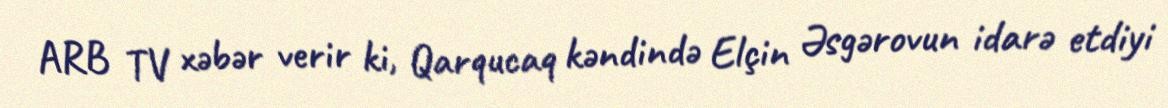
ARB TV xəbər verir ki, Qarqucaq kəndində Elçin Əsgərovun idarə etdiyi